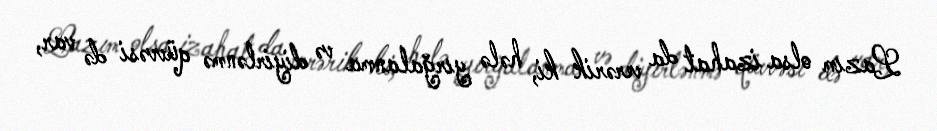
Lazım olsa izahat da verərik ki, hələ yırğalanma və diyirlənmə qüvvəsi də var,